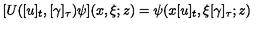
\lbrack U ( [ u ] _ { t } , [ \gamma ] _ { \tau } ) \psi ] ( x , \xi ; z ) = \psi ( x [ u ] _ { t } , \xi \lbrack \gamma ] _ { \tau } ; z )